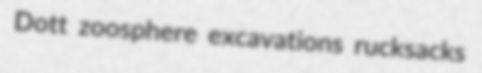
Dott zoosphere excavations rucksacks